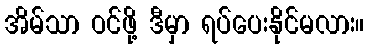
အိမ်သာ ဝင်ဖို့ ဒီမှာ ရပ်ပေးနိုင်မလား။